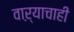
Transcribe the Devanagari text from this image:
वाऱ्याचाही